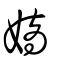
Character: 嫡